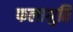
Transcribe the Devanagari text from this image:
फलाश्रुति